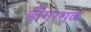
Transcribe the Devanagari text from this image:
डॊंगरराळ